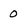
Character: 0